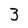
Character: 3